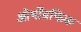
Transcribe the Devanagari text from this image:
ओर्थोग्रफिक